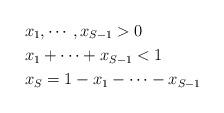
LaTeX: \begin{align*} &x_1, \cdots, x_{S-1} > 0 \\&x_1 + \cdots + x_{S-1} < 1 \\ &x_S = 1 - x_1 - \cdots - x_{S-1} \end{align*}